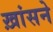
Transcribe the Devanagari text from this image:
ख़ांसने